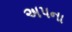
અપના